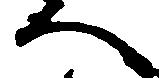
へ